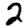
Digit: 2